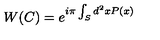
W ( C ) = e ^ { i \pi \int _ { S } d ^ { 2 } x P ( x ) }